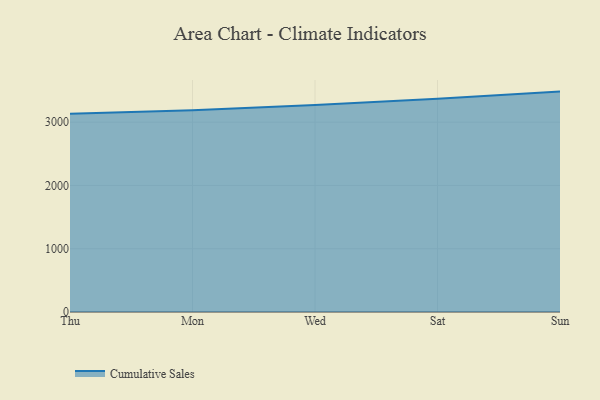
{"axis": {"x": "Day", "y": "Humidity (%)"}, "legend": ["Cumulative Sales"], "data": [{"x": "Thu", "y": 3134.4, "type": "Cumulative Sales"}, {"x": "Mon", "y": 3189.4, "type": "Cumulative Sales"}, {"x": "Wed", "y": 3273.3, "type": "Cumulative Sales"}, {"x": "Sat", "y": 3368.7, "type": "Cumulative Sales"}, {"x": "Sun", "y": 3483.4, "type": "Cumulative Sales"}]}